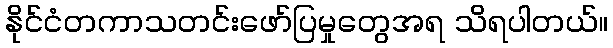
နိုင်ငံတကာသတင်းဖော်ပြမှုတွေအရ သိရပါတယ်။